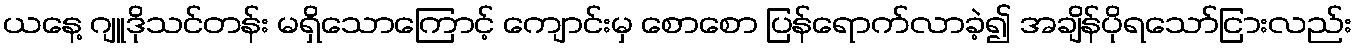
ယနေ့ ဂျူဒိုသင်တန်း မရှိသောကြောင့် ကျောင်းမှ စောစော ပြန်ရောက်လာခဲ့၍ အချိန်ပိုရသော်ငြားလည်း